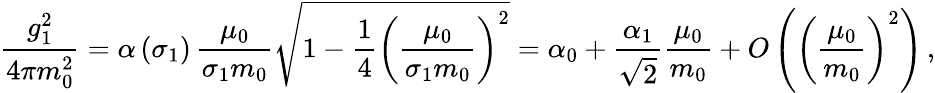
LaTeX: \frac{g_{1}^{2}}{4\pi m_{0}^{2}}=\alpha\left(\sigma_{1}\right)\, \frac{\mu_{0}}{\sigma_{1}m_{0}}\sqrt{1-\frac{1}{4}\left(\frac{\mu_{0}}{\sigma_{1}m_{0}}\right)^{2}}=\alpha_{0}+\frac{\alpha_{1}}{\sqrt{2}}\frac{\mu_{0}}{m_{0}}+O\left(\left(\frac{\mu_{0}}{m_{0}}\right)^{2}\right)\, ,